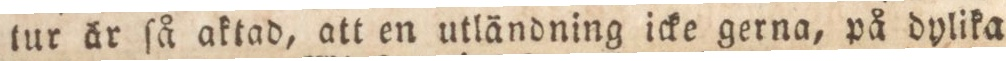
tur är ſå aktad, att en utländning icke gerna, på dylika